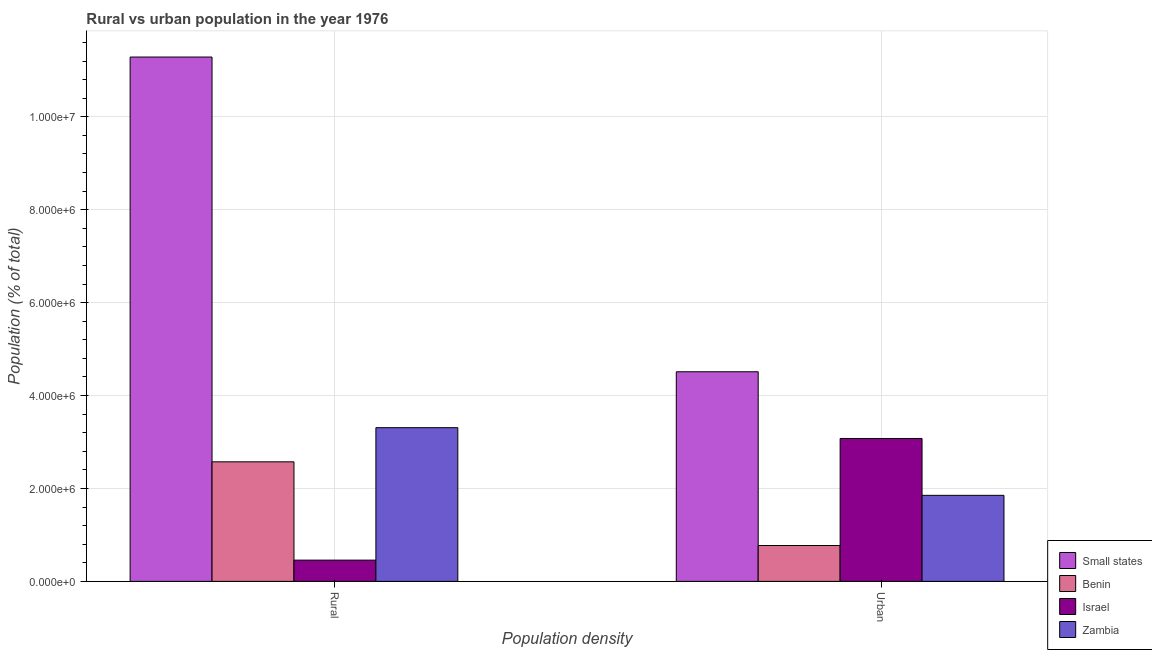
| Population density | Small states | Benin | Israel | Zambia |
 | --- | --- | --- | --- | --- |
 | Rural | 1.13e+07 | 2.57e+06 | 4.57e+05 | 3.31e+06 |
 | Urban | 4.51e+06 | 7.72e+05 | 3.08e+06 | 1.85e+06 |